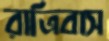
রাত্রিবাস